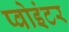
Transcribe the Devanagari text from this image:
प्वोइंटर